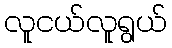
လူငယ်လူရွယ်